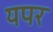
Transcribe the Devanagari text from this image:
यपर